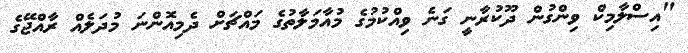
"އިސްލާމިކް ވިންގުން ދޫކުރާނީ ގަނެ ވިއްކުމުގެ މުއާމަލާތުގެ މައްޗަށް ދެމިއޮންނަ މުދަލެއް ރާއްޖޭގެ